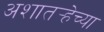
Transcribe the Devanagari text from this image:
अशातर्‍हेच्या